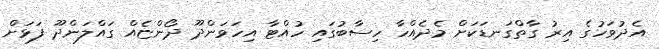
އެދުވަހުގެ އިރު ގާތްގަނޑަކަށް މެދެއްހާ ހިސާބުގައި ހުއްޓާ އިހަވަންދޫ ދޯންޏެއް ގައްލަންދޫ ފަޅަށް